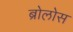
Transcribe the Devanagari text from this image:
ब्रोलोस